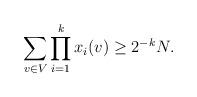
LaTeX: \begin{align*}\sum_{v \in V} \prod_{i=1}^k x_i(v) \geq 2^{-k}N.\end{align*}